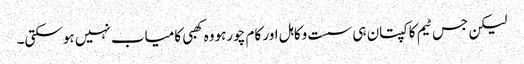
لیکن جس ٹیم کا کپتان ہی سست وکاہل اور کام چورہووہ کھبی کامیاب نہیں ہوسکتی۔